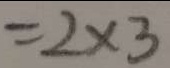
= 2 \times 3